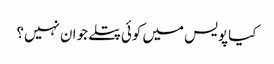
کیا پویس میں کوئی پتلے جوان نہیں؟